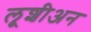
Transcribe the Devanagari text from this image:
लूशीअन